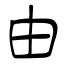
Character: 由